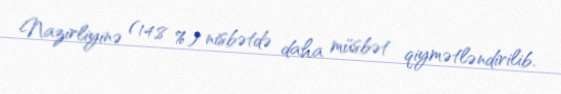
Nazirliyinə (14,8 %) nisbətdə daha müsbət qiymətləndirilib.